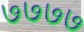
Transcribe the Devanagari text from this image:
७७७७